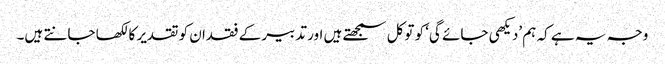
وجہ یہ ہے کہ ہم ’دیکھی جائے گی‘ کو توکل سمجھتے ہیں اور تدبیر کے فقدان کو تقدیر کا لکھا جانتے ہیں۔